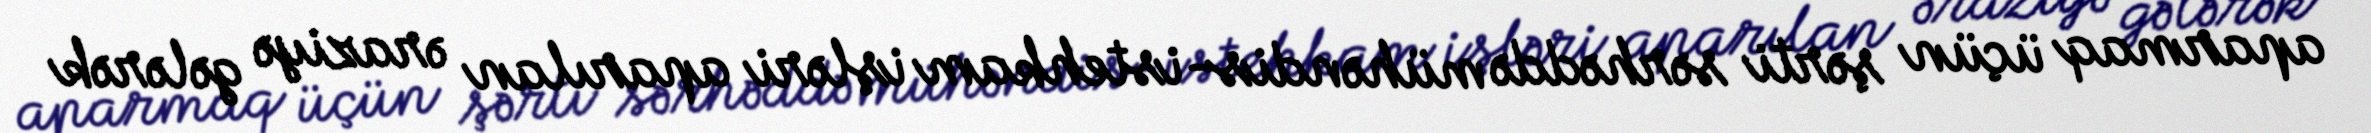
aparmaq üçün şərti sərhəddə mühəndis-istehkam işləri aparılan əraziyə gələrək